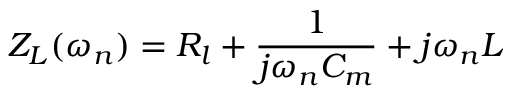
Z _ { L } ( \omega _ { n } ) = R _ { l } + \frac { 1 } { j \omega _ { n } C _ { m } } + j \omega _ { n } L